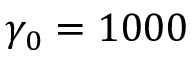
\gamma _ { 0 } = 1 0 0 0